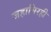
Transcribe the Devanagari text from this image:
जहागिरही